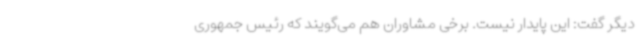
دیگر گفت: این پایدار نیست. برخی مشاوران هم می‌گویند که رئیس جمهوری